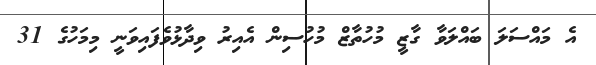
އެ މައްސަލަ ބައްލަވާ ގާޒީ މުހުތާޒް މުހުސިން އެއިރު ވިދާޅުވެފައިވަނީ މިމަހުގެ 31